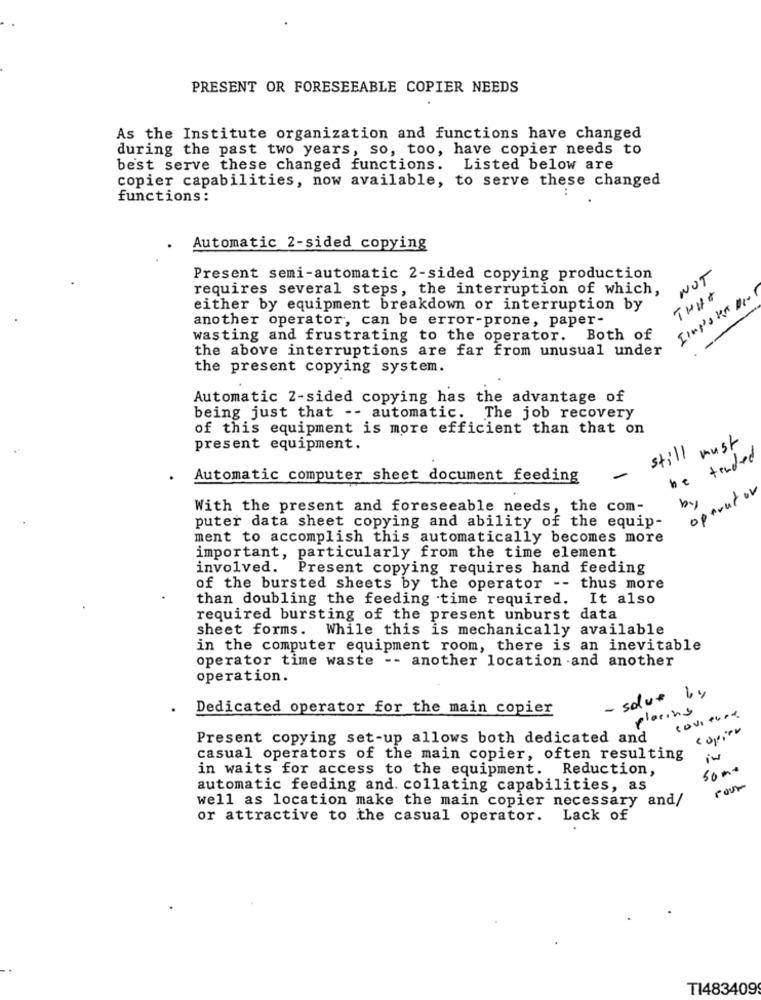
PRESENT OR FORESEEABLE COPIER NEEDS
As the Institute organization and functions have changed
during the past two years, so, too, have copier needs to
best serve these changed functions. Listed below are
copier capabilities, now available, to serve these changed
functions:
Automatic 2-sided copying
Present semi-automatic 2-sided copying production
NOT
requires several steps, the interruption of which,
THIS
either by equipment breakdown or interruption by
another operator, can be error-prone, paper-
wasting and frustrating to the operator. Both of
the above interruptions are far from unusual under
the present copying system.
Automatic 2-sided copying has the advantage of
being just that -- automatic.
The job recovery
of this equipment is more efficient than that on
must
present equipment.
still
be tended
-
Automatic computer sheet document feeding
operator
by
With the present and foreseeable needs, the com-
puter data sheet copying and ability of the equip-
ment to accomplish this automatically becomes more
important, particularly from the time element
involved. Present copying requires hand feeding
of the bursted sheets by the operator -- thus more
than doubling the feeding time required. It also
required bursting of the present unburst data
sheet forms. While this is mechanically available
in the computer equipment room, there is an inevitable
operator time waste -- another location .and another
operation.
- salut by
Dedicated operator for the main copier
placing
covered
Present copying set-up allows both dedicated and
casual operators of the main copier, often resulting
in waits for access to the equipment. Reduction,
5000
automatic feeding and. collating capabilities, as
well as location make the main copier necessary and/
or attractive to the casual operator. Lack of
T1483409